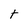
Character: t